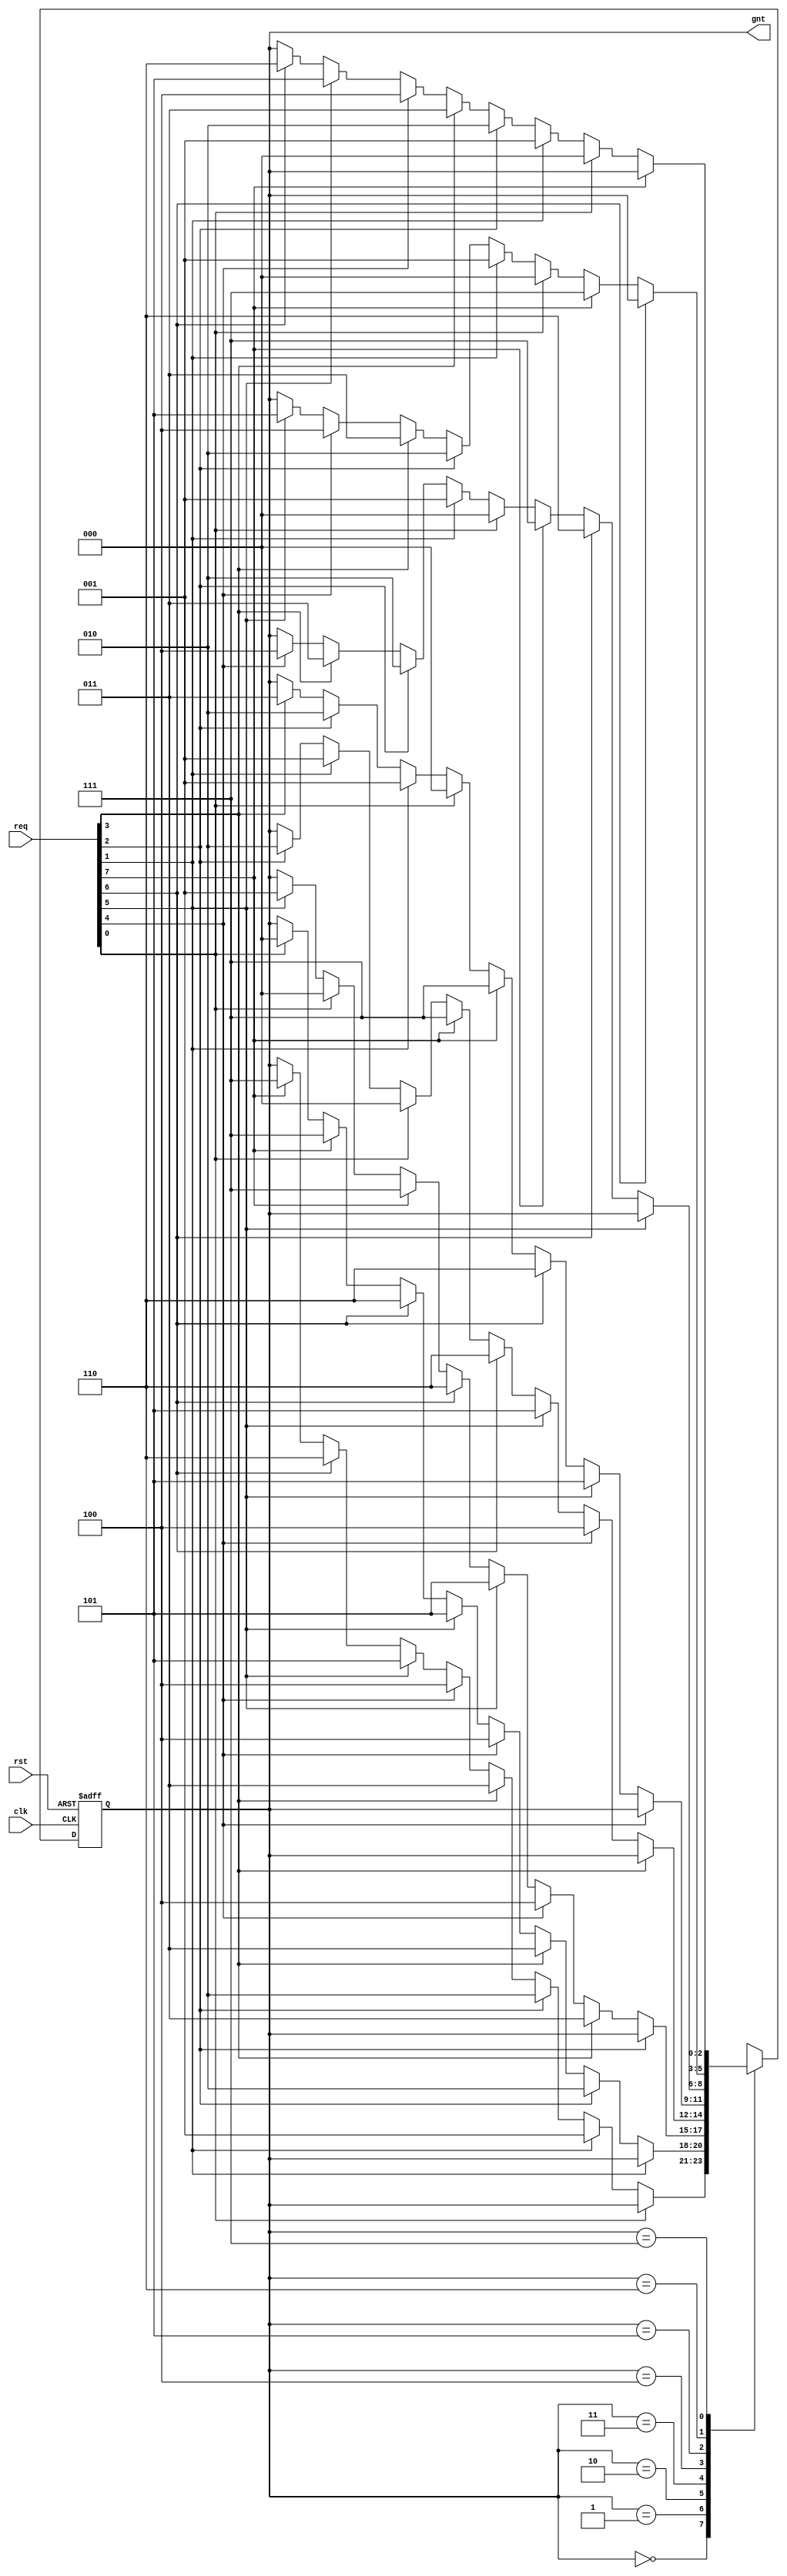
/////////////////////////////////////////////////////////////////////
////                                                             ////
////  General Round Robin Arbiter                                ////
////                                                             ////
////                                                             ////
////          rudi@asics.ws                                      ////
////                                                             ////
////                                                             ////
////  Downloaded from: http://www.opencores.org/cores/wb_conmax/ ////
////                                                             ////
/////////////////////////////////////////////////////////////////////
////                                                             ////
//// Copyright (C) 2000-2002 Rudolf Usselmann                    ////
////                         www.asics.ws                        ////
////                         rudi@asics.ws                       ////
////                                                             ////
//// This source file may be used and distributed without        ////
//// restriction provided that this copyright statement is not   ////
//// removed from the file and that any derivative work contains ////
//// the original copyright notice and the associated disclaimer.////
////                                                             ////
////     THIS SOFTWARE IS PROVIDED ``AS IS'' AND WITHOUT ANY     ////
//// EXPRESS OR IMPLIED WARRANTIES, INCLUDING, BUT NOT LIMITED   ////
//// TO, THE IMPLIED WARRANTIES OF MERCHANTABILITY AND FITNESS   ////
//// FOR A PARTICULAR PURPOSE. IN NO EVENT SHALL THE AUTHOR      ////
//// OR CONTRIBUTORS BE LIABLE FOR ANY DIRECT, INDIRECT,         ////
//// INCIDENTAL, SPECIAL, EXEMPLARY, OR CONSEQUENTIAL DAMAGES    ////
//// (INCLUDING, BUT NOT LIMITED TO, PROCUREMENT OF SUBSTITUTE   ////
//// GOODS OR SERVICES; LOSS OF USE, DATA, OR PROFITS; OR        ////
//// BUSINESS INTERRUPTION) HOWEVER CAUSED AND ON ANY THEORY OF  ////
//// LIABILITY, WHETHER IN  CONTRACT, STRICT LIABILITY, OR TORT  ////
//// (INCLUDING NEGLIGENCE OR OTHERWISE) ARISING IN ANY WAY OUT  ////
//// OF THE USE OF THIS SOFTWARE, EVEN IF ADVISED OF THE         ////
//// POSSIBILITY OF SUCH DAMAGE.                                 ////
////                                                             ////
/////////////////////////////////////////////////////////////////////


//
//	copy from wb_conmax
//
//
//
//
//                        

//`include "wb_conbus_defines.v"

module wb_conbus_arb(clk, rst, req, gnt);

input		clk;
input		rst;
input	[7:0]	req;		// Req input
output	[2:0]	gnt; 		// Grant output
//input		next;		// Next Target

///////////////////////////////////////////////////////////////////////
//
// Parameters
//


parameter	[2:0]
                grant0 = 3'h0,
                grant1 = 3'h1,
                grant2 = 3'h2,
                grant3 = 3'h3,
                grant4 = 3'h4,
                grant5 = 3'h5,
                grant6 = 3'h6,
                grant7 = 3'h7;

///////////////////////////////////////////////////////////////////////
//
// Local Registers and Wires
//

reg [2:0]	state, next_state;

///////////////////////////////////////////////////////////////////////
//
//  Misc Logic 
//

assign	gnt = state;

always@(posedge clk or posedge rst)
	if(rst)		state <= #1 grant0;
	else		state <= #1 next_state;

///////////////////////////////////////////////////////////////////////
//
// Next State Logic
//   - implements round robin arbitration algorithm
//   - switches grant if current req is dropped or next is asserted
//   - parks at last grant
//

always@(state or req )
   begin
	next_state = state;	// Default Keep State
	case(state)		// synopsys parallel_case full_case
 	   grant0:
		// if this req is dropped or next is asserted, check for other req's
		if(!req[0] )
		   begin
			if(req[1])	next_state = grant1;
			else
			if(req[2])	next_state = grant2;
			else
			if(req[3])	next_state = grant3;
			else
			if(req[4])	next_state = grant4;
			else
			if(req[5])	next_state = grant5;
			else
			if(req[6])	next_state = grant6;
			else
			if(req[7])	next_state = grant7;
		   end
 	   grant1:
		// if this req is dropped or next is asserted, check for other req's
		if(!req[1] )
		   begin
			if(req[2])	next_state = grant2;
			else
			if(req[3])	next_state = grant3;
			else
			if(req[4])	next_state = grant4;
			else
			if(req[5])	next_state = grant5;
			else
			if(req[6])	next_state = grant6;
			else
			if(req[7])	next_state = grant7;
			else
			if(req[0])	next_state = grant0;
		   end
 	   grant2:
		// if this req is dropped or next is asserted, check for other req's
		if(!req[2] )
		   begin
			if(req[3])	next_state = grant3;
			else
			if(req[4])	next_state = grant4;
			else
			if(req[5])	next_state = grant5;
			else
			if(req[6])	next_state = grant6;
			else
			if(req[7])	next_state = grant7;
			else
			if(req[0])	next_state = grant0;
			else
			if(req[1])	next_state = grant1;
		   end
 	   grant3:
		// if this req is dropped or next is asserted, check for other req's
		if(!req[3] )
		   begin
			if(req[4])	next_state = grant4;
			else
			if(req[5])	next_state = grant5;
			else
			if(req[6])	next_state = grant6;
			else
			if(req[7])	next_state = grant7;
			else
			if(req[0])	next_state = grant0;
			else
			if(req[1])	next_state = grant1;
			else
			if(req[2])	next_state = grant2;
		   end
 	   grant4:
		// if this req is dropped or next is asserted, check for other req's
		if(!req[4] )
		   begin
			if(req[5])	next_state = grant5;
			else
			if(req[6])	next_state = grant6;
			else
			if(req[7])	next_state = grant7;
			else
			if(req[0])	next_state = grant0;
			else
			if(req[1])	next_state = grant1;
			else
			if(req[2])	next_state = grant2;
			else
			if(req[3])	next_state = grant3;
		   end
 	   grant5:
		// if this req is dropped or next is asserted, check for other req's
		if(!req[5] )
		   begin
			if(req[6])	next_state = grant6;
			else
			if(req[7])	next_state = grant7;
			else
			if(req[0])	next_state = grant0;
			else
			if(req[1])	next_state = grant1;
			else
			if(req[2])	next_state = grant2;
			else
			if(req[3])	next_state = grant3;
			else
			if(req[4])	next_state = grant4;
		   end
 	   grant6:
		// if this req is dropped or next is asserted, check for other req's
		if(!req[6] )
		   begin
			if(req[7])	next_state = grant7;
			else
			if(req[0])	next_state = grant0;
			else
			if(req[1])	next_state = grant1;
			else
			if(req[2])	next_state = grant2;
			else
			if(req[3])	next_state = grant3;
			else
			if(req[4])	next_state = grant4;
			else
			if(req[5])	next_state = grant5;
		   end
 	   grant7:
		// if this req is dropped or next is asserted, check for other req's
		if(!req[7] )
		   begin
			if(req[0])	next_state = grant0;
			else
			if(req[1])	next_state = grant1;
			else
			if(req[2])	next_state = grant2;
			else
			if(req[3])	next_state = grant3;
			else
			if(req[4])	next_state = grant4;
			else
			if(req[5])	next_state = grant5;
			else
			if(req[6])	next_state = grant6;
		   end
	endcase
   end

endmodule 


/////////////////////////////////////////////////////////////////////
////                                                             ////
////  WISHBONE Connection Bus Top Level		                 ////
////                                                             ////
////                                                             ////
////          chisuhua@yahoo.com.cn                              ////
////                                                             ////
////                                                             ////
////                                                             ////
/////////////////////////////////////////////////////////////////////
////                                                              ////
//// Copyright (C) 2000 Authors and OPENCORES.ORG                 ////
////                                                              ////
//// This source file may be used and distributed without         ////
//// restriction provided that this copyright statement is not    ////
//// removed from the file and that any derivative work contains  ////
//// the original copyright notice and the associated disclaimer. ////
////                                                              ////
//// This source file is free software; you can redistribute it   ////
//// and/or modify it under the terms of the GNU Lesser General   ////
//// Public License as published by the Free Software Foundation; ////
//// either version 2.1 of the License, or (at your option) any   ////
//// later version.                                               ////
////                                                              ////
//// This source is distributed in the hope that it will be       ////
//// useful, but WITHOUT ANY WARRANTY; without even the implied   ////
//// warranty of MERCHANTABILITY or FITNESS FOR A PARTICULAR      ////
//// PURPOSE.  See the GNU Lesser General Public License for more ////
//// details.                                                     ////
////                                                              ////
//// You should have received a copy of the GNU Lesser General    ////
//// Public License along with this source; if not, download it   ////
//// from http://www.opencores.org/lgpl.shtml                     ////
////                                                              ////
//////////////////////////////////////////////////////////////////////
//
//  Description
//	1. Up to 8 masters and 8 slaves share bus Wishbone connection
//	2. no priorty arbitor , 8 masters are processed in a round
//	   robin way,
//	3. if WB_USE_TRISTATE was defined, the share bus is a tristate
//	   bus, and use less logic resource.
//	4. wb_conbus was synthesis to XC2S100-5-PQ208 using synplify,
//     Max speed >60M , and 374 SLICE if using Multiplexor bus
//		or 150 SLICE if using tri-state bus.
//
//`include "wb_conbus_defines.v"
`define			dw	 32		// Data bus Width
`define			aw	 32		// Address bus Width
`define			sw   `dw / 8	// Number of Select Lines
`define			mbusw  `aw + `sw + `dw +4 	//address width + byte select width + dat width + cyc + we + stb +cab , input from master interface
`define			sbusw	 3	//  ack + err + rty, input from slave interface
`define			mselectw  8	// number of masters
`define			sselectw  8	// number of slavers

//`define 		WB_USE_TRISTATE


module wb_conbus_top(
	clk_i, rst_i,

	// Master 0 Interface
	m0_dat_i, m0_dat_o, m0_adr_i, m0_sel_i, m0_we_i, m0_cyc_i,
	m0_stb_i, m0_ack_o, m0_err_o, m0_rty_o, m0_cab_i,

	// Master 1 Interface
	m1_dat_i, m1_dat_o, m1_adr_i, m1_sel_i, m1_we_i, m1_cyc_i,
	m1_stb_i, m1_ack_o, m1_err_o, m1_rty_o, m1_cab_i,

	// Master 2 Interface
	m2_dat_i, m2_dat_o, m2_adr_i, m2_sel_i, m2_we_i, m2_cyc_i,
	m2_stb_i, m2_ack_o, m2_err_o, m2_rty_o, m2_cab_i,

	// Master 3 Interface
	m3_dat_i, m3_dat_o, m3_adr_i, m3_sel_i, m3_we_i, m3_cyc_i,
	m3_stb_i, m3_ack_o, m3_err_o, m3_rty_o, m3_cab_i,

	// Master 4 Interface
	m4_dat_i, m4_dat_o, m4_adr_i, m4_sel_i, m4_we_i, m4_cyc_i,
	m4_stb_i, m4_ack_o, m4_err_o, m4_rty_o, m4_cab_i,

	// Master 5 Interface
	m5_dat_i, m5_dat_o, m5_adr_i, m5_sel_i, m5_we_i, m5_cyc_i,
	m5_stb_i, m5_ack_o, m5_err_o, m5_rty_o, m5_cab_i,

	// Master 6 Interface
	m6_dat_i, m6_dat_o, m6_adr_i, m6_sel_i, m6_we_i, m6_cyc_i,
	m6_stb_i, m6_ack_o, m6_err_o, m6_rty_o, m6_cab_i,

	// Master 7 Interface
	m7_dat_i, m7_dat_o, m7_adr_i, m7_sel_i, m7_we_i, m7_cyc_i,
	m7_stb_i, m7_ack_o, m7_err_o, m7_rty_o, m7_cab_i,

	// Slave 0 Interface
	s0_dat_i, s0_dat_o, s0_adr_o, s0_sel_o, s0_we_o, s0_cyc_o,
	s0_stb_o, s0_ack_i, s0_err_i, s0_rty_i, s0_cab_o,

	// Slave 1 Interface
	s1_dat_i, s1_dat_o, s1_adr_o, s1_sel_o, s1_we_o, s1_cyc_o,
	s1_stb_o, s1_ack_i, s1_err_i, s1_rty_i, s1_cab_o,

	// Slave 2 Interface
	s2_dat_i, s2_dat_o, s2_adr_o, s2_sel_o, s2_we_o, s2_cyc_o,
	s2_stb_o, s2_ack_i, s2_err_i, s2_rty_i, s2_cab_o,

	// Slave 3 Interface
	s3_dat_i, s3_dat_o, s3_adr_o, s3_sel_o, s3_we_o, s3_cyc_o,
	s3_stb_o, s3_ack_i, s3_err_i, s3_rty_i, s3_cab_o,

	// Slave 4 Interface
	s4_dat_i, s4_dat_o, s4_adr_o, s4_sel_o, s4_we_o, s4_cyc_o,
	s4_stb_o, s4_ack_i, s4_err_i, s4_rty_i, s4_cab_o,

	// Slave 5 Interface
	s5_dat_i, s5_dat_o, s5_adr_o, s5_sel_o, s5_we_o, s5_cyc_o,
	s5_stb_o, s5_ack_i, s5_err_i, s5_rty_i, s5_cab_o,

	// Slave 6 Interface
	s6_dat_i, s6_dat_o, s6_adr_o, s6_sel_o, s6_we_o, s6_cyc_o,
	s6_stb_o, s6_ack_i, s6_err_i, s6_rty_i, s6_cab_o,

	// Slave 7 Interface
	s7_dat_i, s7_dat_o, s7_adr_o, s7_sel_o, s7_we_o, s7_cyc_o,
	s7_stb_o, s7_ack_i, s7_err_i, s7_rty_i, s7_cab_o

	);

////////////////////////////////////////////////////////////////////
//
// Module Parameters
//


parameter		s0_addr_w = 4 ;			// slave 0 address decode width
parameter		s0_addr = 4'h0;			// slave 0 address
parameter		s1_addr_w = 4 ;			// slave 1 address decode width
parameter		s1_addr = 4'h1;			// slave 1 address 
parameter		s27_addr_w = 8 ;		// slave 2 to slave 7 address decode width
parameter		s2_addr = 8'h92;		// slave 2 address
parameter		s3_addr = 8'h93;		// slave 3 address
parameter		s4_addr = 8'h94;		// slave 4 address
parameter		s5_addr = 8'h95;		// slave 5 address
parameter		s6_addr = 8'h96;		// slave 6 address
parameter		s7_addr = 8'h97;		// slave 7 address


////////////////////////////////////////////////////////////////////
//
// Module IOs
//

input		clk_i, rst_i;

// Master 0 Interface
input	[`dw-1:0]	m0_dat_i;
output	[`dw-1:0]	m0_dat_o;
input	[`aw-1:0]	m0_adr_i;
input	[`sw-1:0]	m0_sel_i;
input			m0_we_i;
input			m0_cyc_i;
input			m0_stb_i;
input			m0_cab_i;
output			m0_ack_o;
output			m0_err_o;
output			m0_rty_o;

// Master 1 Interface
input	[`dw-1:0]	m1_dat_i;
output	[`dw-1:0]	m1_dat_o;
input	[`aw-1:0]	m1_adr_i;
input	[`sw-1:0]	m1_sel_i;
input			m1_we_i;
input			m1_cyc_i;
input			m1_stb_i;
input			m1_cab_i;
output			m1_ack_o;
output			m1_err_o;
output			m1_rty_o;

// Master 2 Interface
input	[`dw-1:0]	m2_dat_i;
output	[`dw-1:0]	m2_dat_o;
input	[`aw-1:0]	m2_adr_i;
input	[`sw-1:0]	m2_sel_i;
input			m2_we_i;
input			m2_cyc_i;
input			m2_stb_i;
input			m2_cab_i;
output			m2_ack_o;
output			m2_err_o;
output			m2_rty_o;

// Master 3 Interface
input	[`dw-1:0]	m3_dat_i;
output	[`dw-1:0]	m3_dat_o;
input	[`aw-1:0]	m3_adr_i;
input	[`sw-1:0]	m3_sel_i;
input			m3_we_i;
input			m3_cyc_i;
input			m3_stb_i;
input			m3_cab_i;
output			m3_ack_o;
output			m3_err_o;
output			m3_rty_o;

// Master 4 Interface
input	[`dw-1:0]	m4_dat_i;
output	[`dw-1:0]	m4_dat_o;
input	[`aw-1:0]	m4_adr_i;
input	[`sw-1:0]	m4_sel_i;
input			m4_we_i;
input			m4_cyc_i;
input			m4_stb_i;
input			m4_cab_i;
output			m4_ack_o;
output			m4_err_o;
output			m4_rty_o;

// Master 5 Interface
input	[`dw-1:0]	m5_dat_i;
output	[`dw-1:0]	m5_dat_o;
input	[`aw-1:0]	m5_adr_i;
input	[`sw-1:0]	m5_sel_i;
input			m5_we_i;
input			m5_cyc_i;
input			m5_stb_i;
input			m5_cab_i;
output			m5_ack_o;
output			m5_err_o;
output			m5_rty_o;

// Master 6 Interface
input	[`dw-1:0]	m6_dat_i;
output	[`dw-1:0]	m6_dat_o;
input	[`aw-1:0]	m6_adr_i;
input	[`sw-1:0]	m6_sel_i;
input			m6_we_i;
input			m6_cyc_i;
input			m6_stb_i;
input			m6_cab_i;
output			m6_ack_o;
output			m6_err_o;
output			m6_rty_o;

// Master 7 Interface
input	[`dw-1:0]	m7_dat_i;
output	[`dw-1:0]	m7_dat_o;
input	[`aw-1:0]	m7_adr_i;
input	[`sw-1:0]	m7_sel_i;
input			m7_we_i;
input			m7_cyc_i;
input			m7_stb_i;
input			m7_cab_i;
output			m7_ack_o;
output			m7_err_o;
output			m7_rty_o;

// Slave 0 Interface
input	[`dw-1:0]	s0_dat_i;
output	[`dw-1:0]	s0_dat_o;
output	[`aw-1:0]	s0_adr_o;
output	[`sw-1:0]	s0_sel_o;
output			s0_we_o;
output			s0_cyc_o;
output			s0_stb_o;
output			s0_cab_o;
input			s0_ack_i;
input			s0_err_i;
input			s0_rty_i;

// Slave 1 Interface
input	[`dw-1:0]	s1_dat_i;
output	[`dw-1:0]	s1_dat_o;
output	[`aw-1:0]	s1_adr_o;
output	[`sw-1:0]	s1_sel_o;
output			s1_we_o;
output			s1_cyc_o;
output			s1_stb_o;
output			s1_cab_o;
input			s1_ack_i;
input			s1_err_i;
input			s1_rty_i;

// Slave 2 Interface
input	[`dw-1:0]	s2_dat_i;
output	[`dw-1:0]	s2_dat_o;
output	[`aw-1:0]	s2_adr_o;
output	[`sw-1:0]	s2_sel_o;
output			s2_we_o;
output			s2_cyc_o;
output			s2_stb_o;
output			s2_cab_o;
input			s2_ack_i;
input			s2_err_i;
input			s2_rty_i;

// Slave 3 Interface
input	[`dw-1:0]	s3_dat_i;
output	[`dw-1:0]	s3_dat_o;
output	[`aw-1:0]	s3_adr_o;
output	[`sw-1:0]	s3_sel_o;
output			s3_we_o;
output			s3_cyc_o;
output			s3_stb_o;
output			s3_cab_o;
input			s3_ack_i;
input			s3_err_i;
input			s3_rty_i;

// Slave 4 Interface
input	[`dw-1:0]	s4_dat_i;
output	[`dw-1:0]	s4_dat_o;
output	[`aw-1:0]	s4_adr_o;
output	[`sw-1:0]	s4_sel_o;
output			s4_we_o;
output			s4_cyc_o;
output			s4_stb_o;
output			s4_cab_o;
input			s4_ack_i;
input			s4_err_i;
input			s4_rty_i;

// Slave 5 Interface
input	[`dw-1:0]	s5_dat_i;
output	[`dw-1:0]	s5_dat_o;
output	[`aw-1:0]	s5_adr_o;
output	[`sw-1:0]	s5_sel_o;
output			s5_we_o;
output			s5_cyc_o;
output			s5_stb_o;
output			s5_cab_o;
input			s5_ack_i;
input			s5_err_i;
input			s5_rty_i;

// Slave 6 Interface
input	[`dw-1:0]	s6_dat_i;
output	[`dw-1:0]	s6_dat_o;
output	[`aw-1:0]	s6_adr_o;
output	[`sw-1:0]	s6_sel_o;
output			s6_we_o;
output			s6_cyc_o;
output			s6_stb_o;
output			s6_cab_o;
input			s6_ack_i;
input			s6_err_i;
input			s6_rty_i;

// Slave 7 Interface
input	[`dw-1:0]	s7_dat_i;
output	[`dw-1:0]	s7_dat_o;
output	[`aw-1:0]	s7_adr_o;
output	[`sw-1:0]	s7_sel_o;
output			s7_we_o;
output			s7_cyc_o;
output			s7_stb_o;
output			s7_cab_o;
input			s7_ack_i;
input			s7_err_i;
input			s7_rty_i;


////////////////////////////////////////////////////////////////////
//
// Local wires
//

wire	[`mselectw -1:0]	i_gnt_arb;
wire	[2:0]	gnt;
reg	[`sselectw -1:0]	i_ssel_dec;
`ifdef	WB_USE_TRISTATE
wire	[`mbusw -1:0]	i_bus_m;
`else
reg		[`mbusw -1:0]	i_bus_m;		// internal share bus, master data and control to slave
`endif
wire		[`dw -1:0]		i_dat_s;	// internal share bus , slave data to master
wire	[`sbusw -1:0]	i_bus_s;			// internal share bus , slave control to master



////////////////////////////////////////////////////////////////////
//
// Master output Interfaces
//

// master0
assign	m0_dat_o = i_dat_s;
assign  {m0_ack_o, m0_err_o, m0_rty_o} = i_bus_s & {3{i_gnt_arb[0]}};

// master1
assign	m1_dat_o = i_dat_s;
assign  {m1_ack_o, m1_err_o, m1_rty_o} = i_bus_s & {3{i_gnt_arb[1]}};

// master2

assign	m2_dat_o = i_dat_s;
assign  {m2_ack_o, m2_err_o, m2_rty_o} = i_bus_s & {3{i_gnt_arb[2]}};

// master3

assign	m3_dat_o = i_dat_s;
assign  {m3_ack_o, m3_err_o, m3_rty_o} = i_bus_s & {3{i_gnt_arb[3]}};

// master4

assign	m4_dat_o = i_dat_s;
assign  {m4_ack_o, m4_err_o, m4_rty_o} = i_bus_s & {3{i_gnt_arb[4]}};

// master5

assign	m5_dat_o = i_dat_s;
assign  {m5_ack_o, m5_err_o, m5_rty_o} = i_bus_s & {3{i_gnt_arb[5]}};

// master6

assign	m6_dat_o = i_dat_s;
assign  {m6_ack_o, m6_err_o, m6_rty_o} = i_bus_s & {3{i_gnt_arb[6]}};

// master7

assign	m7_dat_o = i_dat_s;
assign  {m7_ack_o, m7_err_o, m7_rty_o} = i_bus_s & {3{i_gnt_arb[7]}};


assign  i_bus_s = {s0_ack_i | s1_ack_i | s2_ack_i | s3_ack_i | s4_ack_i | s5_ack_i | s6_ack_i | s7_ack_i ,
				   s0_err_i | s1_err_i | s2_err_i | s3_err_i | s4_err_i | s5_err_i | s6_err_i | s7_err_i ,
				   s0_rty_i | s1_rty_i | s2_rty_i | s3_rty_i | s4_rty_i | s5_rty_i | s6_rty_i | s7_rty_i };

////////////////////////////////
//	Slave output interface
//
// slave0
assign  {s0_adr_o, s0_sel_o, s0_dat_o, s0_we_o, s0_cab_o,s0_cyc_o} = i_bus_m[`mbusw -1:1];
assign	s0_stb_o = i_bus_m[1] & i_bus_m[0] & i_ssel_dec[0];  // stb_o = cyc_i & stb_i & i_ssel_dec

// slave1

assign  {s1_adr_o, s1_sel_o, s1_dat_o, s1_we_o, s1_cab_o, s1_cyc_o} = i_bus_m[`mbusw -1:1];
assign	s1_stb_o = i_bus_m[1] & i_bus_m[0] & i_ssel_dec[1];

// slave2

assign  {s2_adr_o, s2_sel_o, s2_dat_o, s2_we_o, s2_cab_o, s2_cyc_o} = i_bus_m[`mbusw -1:1];
assign	s2_stb_o = i_bus_m[1] & i_bus_m[0] & i_ssel_dec[2];

// slave3

assign  {s3_adr_o, s3_sel_o, s3_dat_o, s3_we_o, s3_cab_o, s3_cyc_o} = i_bus_m[`mbusw -1:1];
assign	s3_stb_o = i_bus_m[1] & i_bus_m[0] & i_ssel_dec[3];

// slave4

assign  {s4_adr_o, s4_sel_o, s4_dat_o, s4_we_o, s4_cab_o, s4_cyc_o} = i_bus_m[`mbusw -1:1];
assign	s4_stb_o = i_bus_m[1] & i_bus_m[0] & i_ssel_dec[4];

// slave5

assign  {s5_adr_o, s5_sel_o, s5_dat_o, s5_we_o, s5_cab_o, s5_cyc_o} = i_bus_m[`mbusw -1:1];
assign	s5_stb_o = i_bus_m[1] & i_bus_m[0] & i_ssel_dec[5];

// slave6

assign  {s6_adr_o, s6_sel_o, s6_dat_o, s6_we_o, s6_cab_o, s6_cyc_o} = i_bus_m[`mbusw -1:1];
assign	s6_stb_o = i_bus_m[1] & i_bus_m[0] & i_ssel_dec[6];

// slave7

assign  {s7_adr_o, s7_sel_o, s7_dat_o, s7_we_o, s7_cab_o, s7_cyc_o} = i_bus_m[`mbusw -1:1];
assign	s7_stb_o = i_bus_m[1] & i_bus_m[0] & i_ssel_dec[7];

///////////////////////////////////////
//	Master and Slave input interface
//

`ifdef	WB_USE_TRISTATE
// input from master interface
assign	i_bus_m = i_gnt_arb[0] ? {m0_adr_i, m0_sel_i, m0_dat_i, m0_we_i, m0_cab_i, m0_cyc_i, m0_stb_i} : 72'bz ;
assign	i_bus_m = i_gnt_arb[1] ? {m1_adr_i, m1_sel_i, m1_dat_i, m1_we_i, m1_cab_i,m1_cyc_i, m1_stb_i} : 72'bz ;
assign	i_bus_m = i_gnt_arb[2] ? {m2_adr_i, m2_sel_i, m2_dat_i,  m2_we_i, m2_cab_i, m2_cyc_i, m2_stb_i} : 72'bz ;
assign	i_bus_m = i_gnt_arb[3] ? {m3_adr_i, m3_sel_i, m3_dat_i,  m3_we_i, m3_cab_i, m3_cyc_i, m3_stb_i} : 72'bz ;
assign	i_bus_m = i_gnt_arb[4] ? {m4_adr_i, m4_sel_i, m4_dat_i,  m4_we_i, m4_cab_i, m4_cyc_i, m4_stb_i} : 72'bz ;
assign	i_bus_m = i_gnt_arb[5] ? {m5_adr_i, m5_sel_i, m5_dat_i, m5_we_i, m5_cab_i, m5_cyc_i,  m5_stb_i} : 72'bz ;
assign	i_bus_m = i_gnt_arb[6] ? {m6_adr_i, m6_sel_i, m6_dat_i, m6_we_i, m6_cab_i, m6_cyc_i, m6_stb_i} : 72'bz ;
assign	i_bus_m = i_gnt_arb[7] ? {m7_adr_i, m7_sel_i, m7_dat_i, m7_we_i, m7_cab_i, m7_cyc_i,m7_stb_i} : 72'bz ;
// input from slave interface
assign  i_dat_s = i_ssel_dec[0] ? s0_dat_i: 32'bz;
assign  i_dat_s = i_ssel_dec[1] ? s1_dat_i: 32'bz;
assign  i_dat_s = i_ssel_dec[2] ? s2_dat_i: 32'bz;
assign  i_dat_s = i_ssel_dec[3] ? s3_dat_i: 32'bz;
assign  i_dat_s = i_ssel_dec[4] ? s4_dat_i: 32'bz;
assign  i_dat_s = i_ssel_dec[5] ? s5_dat_i: 32'bz;
assign  i_dat_s = i_ssel_dec[6] ? s6_dat_i: 32'bz;
assign  i_dat_s = i_ssel_dec[7] ? s7_dat_i: 32'bz;

`else

always @(gnt , m0_adr_i, m0_sel_i, m0_dat_i, m0_we_i, m0_cab_i, m0_cyc_i,m0_stb_i,
		m1_adr_i, m1_sel_i, m1_dat_i, m1_we_i, m1_cab_i, m1_cyc_i,m1_stb_i,
		m2_adr_i, m2_sel_i, m2_dat_i, m2_we_i, m2_cab_i, m2_cyc_i,m2_stb_i,
		m3_adr_i, m3_sel_i, m3_dat_i, m3_we_i, m3_cab_i, m3_cyc_i,m3_stb_i,
		m4_adr_i, m4_sel_i, m4_dat_i, m4_we_i, m4_cab_i, m4_cyc_i,m4_stb_i,
		m5_adr_i, m5_sel_i, m5_dat_i, m5_we_i, m5_cab_i, m5_cyc_i,m5_stb_i,
		m6_adr_i, m6_sel_i, m6_dat_i, m6_we_i, m6_cab_i, m6_cyc_i,m6_stb_i,
		m7_adr_i, m7_sel_i, m7_dat_i, m7_we_i, m7_cab_i, m7_cyc_i,m7_stb_i)
		case(gnt)
			3'h0:	i_bus_m = {m0_adr_i, m0_sel_i, m0_dat_i, m0_we_i, m0_cab_i, m0_cyc_i,m0_stb_i};
			3'h1:	i_bus_m = {m1_adr_i, m1_sel_i, m1_dat_i, m1_we_i, m1_cab_i, m1_cyc_i,m1_stb_i};
			3'h2:	i_bus_m = {m2_adr_i, m2_sel_i, m2_dat_i, m2_we_i, m2_cab_i, m2_cyc_i,m2_stb_i};
			3'h3:	i_bus_m = {m3_adr_i, m3_sel_i, m3_dat_i, m3_we_i, m3_cab_i, m3_cyc_i,m3_stb_i};
			3'h4:	i_bus_m = {m4_adr_i, m4_sel_i, m4_dat_i, m4_we_i, m4_cab_i, m4_cyc_i,m4_stb_i};
			3'h5:	i_bus_m = {m5_adr_i, m5_sel_i, m5_dat_i, m5_we_i, m5_cab_i, m5_cyc_i,m5_stb_i};
			3'h6:	i_bus_m = {m6_adr_i, m6_sel_i, m6_dat_i, m6_we_i, m6_cab_i, m6_cyc_i,m6_stb_i};
			3'h7:	i_bus_m = {m7_adr_i, m7_sel_i, m7_dat_i, m7_we_i, m7_cab_i, m7_cyc_i,m7_stb_i};
			default:i_bus_m =  72'b0;//{m0_adr_i, m0_sel_i, m0_dat_i, m0_we_i, m0_cab_i, m0_cyc_i,m0_stb_i};
endcase			

assign	i_dat_s = i_ssel_dec[0] ? s0_dat_i :
				  i_ssel_dec[1] ? s1_dat_i :
				  i_ssel_dec[2] ? s2_dat_i :
				  i_ssel_dec[3] ? s3_dat_i :
				  i_ssel_dec[4] ? s4_dat_i :
				  i_ssel_dec[5] ? s5_dat_i :
				  i_ssel_dec[6] ? s6_dat_i :
				  i_ssel_dec[7] ? s7_dat_i : {`dw{1'b0}}; 
`endif
//
// arbitor 
//
assign i_gnt_arb[0] = (gnt == 3'd0);
assign i_gnt_arb[1] = (gnt == 3'd1);
assign i_gnt_arb[2] = (gnt == 3'd2);
assign i_gnt_arb[3] = (gnt == 3'd3);
assign i_gnt_arb[4] = (gnt == 3'd4);
assign i_gnt_arb[5] = (gnt == 3'd5);
assign i_gnt_arb[6] = (gnt == 3'd6);
assign i_gnt_arb[7] = (gnt == 3'd7);

wb_conbus_arb	wb_conbus_arb(
	.clk(clk_i), 
	.rst(rst_i),
	.req({	m7_cyc_i,
		m6_cyc_i,
		m5_cyc_i,
		m4_cyc_i,
		m3_cyc_i,
		m2_cyc_i,
		m1_cyc_i,
		m0_cyc_i}),
	.gnt(gnt)
);

//////////////////////////////////
// 		address decode logic
//
wire [7:0]	m0_ssel_dec, m1_ssel_dec, m2_ssel_dec, m3_ssel_dec, m4_ssel_dec, m5_ssel_dec, m6_ssel_dec, m7_ssel_dec;
always @(gnt, m0_ssel_dec, m1_ssel_dec, m2_ssel_dec, m3_ssel_dec, m4_ssel_dec, m5_ssel_dec, m6_ssel_dec, m7_ssel_dec)
	case(gnt)
		3'h0: i_ssel_dec = m0_ssel_dec;
		3'h1: i_ssel_dec = m1_ssel_dec;
		3'h2: i_ssel_dec = m2_ssel_dec;
		3'h3: i_ssel_dec = m3_ssel_dec;
		3'h4: i_ssel_dec = m4_ssel_dec;
		3'h5: i_ssel_dec = m5_ssel_dec;
		3'h6: i_ssel_dec = m6_ssel_dec;
		3'h7: i_ssel_dec = m7_ssel_dec;
		default: i_ssel_dec = 7'b0;
endcase
//
//	decode all master address before arbitor for running faster
//	
assign m0_ssel_dec[0] = (m0_adr_i[`aw -1 : `aw - s0_addr_w ] == s0_addr);
assign m0_ssel_dec[1] = (m0_adr_i[`aw -1 : `aw - s1_addr_w ] == s1_addr);
assign m0_ssel_dec[2] = (m0_adr_i[`aw -1 : `aw - s27_addr_w ] == s2_addr);
assign m0_ssel_dec[3] = (m0_adr_i[`aw -1 : `aw - s27_addr_w ] == s3_addr);
assign m0_ssel_dec[4] = (m0_adr_i[`aw -1 : `aw - s27_addr_w ] == s4_addr);
assign m0_ssel_dec[5] = (m0_adr_i[`aw -1 : `aw - s27_addr_w ] == s5_addr);
assign m0_ssel_dec[6] = (m0_adr_i[`aw -1 : `aw - s27_addr_w ] == s6_addr);
assign m0_ssel_dec[7] = (m0_adr_i[`aw -1 : `aw - s27_addr_w ] == s7_addr);

assign m1_ssel_dec[0] = (m1_adr_i[`aw -1 : `aw - s0_addr_w ] == s0_addr);
assign m1_ssel_dec[1] = (m1_adr_i[`aw -1 : `aw - s1_addr_w ] == s1_addr);
assign m1_ssel_dec[2] = (m1_adr_i[`aw -1 : `aw - s27_addr_w ] == s2_addr);
assign m1_ssel_dec[3] = (m1_adr_i[`aw -1 : `aw - s27_addr_w ] == s3_addr);
assign m1_ssel_dec[4] = (m1_adr_i[`aw -1 : `aw - s27_addr_w ] == s4_addr);
assign m1_ssel_dec[5] = (m1_adr_i[`aw -1 : `aw - s27_addr_w ] == s5_addr);
assign m1_ssel_dec[6] = (m1_adr_i[`aw -1 : `aw - s27_addr_w ] == s6_addr);
assign m1_ssel_dec[7] = (m1_adr_i[`aw -1 : `aw - s27_addr_w ] == s7_addr);

assign m2_ssel_dec[0] = (m2_adr_i[`aw -1 : `aw - s0_addr_w ] == s0_addr);
assign m2_ssel_dec[1] = (m2_adr_i[`aw -1 : `aw - s1_addr_w ] == s1_addr);
assign m2_ssel_dec[2] = (m2_adr_i[`aw -1 : `aw - s27_addr_w ] == s2_addr);
assign m2_ssel_dec[3] = (m2_adr_i[`aw -1 : `aw - s27_addr_w ] == s3_addr);
assign m2_ssel_dec[4] = (m2_adr_i[`aw -1 : `aw - s27_addr_w ] == s4_addr);
assign m2_ssel_dec[5] = (m2_adr_i[`aw -1 : `aw - s27_addr_w ] == s5_addr);
assign m2_ssel_dec[6] = (m2_adr_i[`aw -1 : `aw - s27_addr_w ] == s6_addr);
assign m2_ssel_dec[7] = (m2_adr_i[`aw -1 : `aw - s27_addr_w ] == s7_addr);

assign m3_ssel_dec[0] = (m3_adr_i[`aw -1 : `aw - s0_addr_w ] == s0_addr);
assign m3_ssel_dec[1] = (m3_adr_i[`aw -1 : `aw - s1_addr_w ] == s1_addr);
assign m3_ssel_dec[2] = (m3_adr_i[`aw -1 : `aw - s27_addr_w ] == s2_addr);
assign m3_ssel_dec[3] = (m3_adr_i[`aw -1 : `aw - s27_addr_w ] == s3_addr);
assign m3_ssel_dec[4] = (m3_adr_i[`aw -1 : `aw - s27_addr_w ] == s4_addr);
assign m3_ssel_dec[5] = (m3_adr_i[`aw -1 : `aw - s27_addr_w ] == s5_addr);
assign m3_ssel_dec[6] = (m3_adr_i[`aw -1 : `aw - s27_addr_w ] == s6_addr);
assign m3_ssel_dec[7] = (m3_adr_i[`aw -1 : `aw - s27_addr_w ] == s7_addr);

assign m4_ssel_dec[0] = (m4_adr_i[`aw -1 : `aw - s0_addr_w ] == s0_addr);
assign m4_ssel_dec[1] = (m4_adr_i[`aw -1 : `aw - s1_addr_w ] == s1_addr);
assign m4_ssel_dec[2] = (m4_adr_i[`aw -1 : `aw - s27_addr_w ] == s2_addr);
assign m4_ssel_dec[3] = (m4_adr_i[`aw -1 : `aw - s27_addr_w ] == s3_addr);
assign m4_ssel_dec[4] = (m4_adr_i[`aw -1 : `aw - s27_addr_w ] == s4_addr);
assign m4_ssel_dec[5] = (m4_adr_i[`aw -1 : `aw - s27_addr_w ] == s5_addr);
assign m4_ssel_dec[6] = (m4_adr_i[`aw -1 : `aw - s27_addr_w ] == s6_addr);
assign m4_ssel_dec[7] = (m4_adr_i[`aw -1 : `aw - s27_addr_w ] == s7_addr);

assign m5_ssel_dec[0] = (m5_adr_i[`aw -1 : `aw - s0_addr_w ] == s0_addr);
assign m5_ssel_dec[1] = (m5_adr_i[`aw -1 : `aw - s1_addr_w ] == s1_addr);
assign m5_ssel_dec[2] = (m5_adr_i[`aw -1 : `aw - s27_addr_w ] == s2_addr);
assign m5_ssel_dec[3] = (m5_adr_i[`aw -1 : `aw - s27_addr_w ] == s3_addr);
assign m5_ssel_dec[4] = (m5_adr_i[`aw -1 : `aw - s27_addr_w ] == s4_addr);
assign m5_ssel_dec[5] = (m5_adr_i[`aw -1 : `aw - s27_addr_w ] == s5_addr);
assign m5_ssel_dec[6] = (m5_adr_i[`aw -1 : `aw - s27_addr_w ] == s6_addr);
assign m5_ssel_dec[7] = (m5_adr_i[`aw -1 : `aw - s27_addr_w ] == s7_addr);

assign m6_ssel_dec[0] = (m6_adr_i[`aw -1 : `aw - s0_addr_w ] == s0_addr);
assign m6_ssel_dec[1] = (m6_adr_i[`aw -1 : `aw - s1_addr_w ] == s1_addr);
assign m6_ssel_dec[2] = (m6_adr_i[`aw -1 : `aw - s27_addr_w ] == s2_addr);
assign m6_ssel_dec[3] = (m6_adr_i[`aw -1 : `aw - s27_addr_w ] == s3_addr);
assign m6_ssel_dec[4] = (m6_adr_i[`aw -1 : `aw - s27_addr_w ] == s4_addr);
assign m6_ssel_dec[5] = (m6_adr_i[`aw -1 : `aw - s27_addr_w ] == s5_addr);
assign m6_ssel_dec[6] = (m6_adr_i[`aw -1 : `aw - s27_addr_w ] == s6_addr);
assign m6_ssel_dec[7] = (m6_adr_i[`aw -1 : `aw - s27_addr_w ] == s7_addr);

assign m7_ssel_dec[0] = (m7_adr_i[`aw -1 : `aw - s0_addr_w ] == s0_addr);
assign m7_ssel_dec[1] = (m7_adr_i[`aw -1 : `aw - s1_addr_w ] == s1_addr);
assign m7_ssel_dec[2] = (m7_adr_i[`aw -1 : `aw - s27_addr_w ] == s2_addr);
assign m7_ssel_dec[3] = (m7_adr_i[`aw -1 : `aw - s27_addr_w ] == s3_addr);
assign m7_ssel_dec[4] = (m7_adr_i[`aw -1 : `aw - s27_addr_w ] == s4_addr);
assign m7_ssel_dec[5] = (m7_adr_i[`aw -1 : `aw - s27_addr_w ] == s5_addr);
assign m7_ssel_dec[6] = (m7_adr_i[`aw -1 : `aw - s27_addr_w ] == s6_addr);
assign m7_ssel_dec[7] = (m7_adr_i[`aw -1 : `aw - s27_addr_w ] == s7_addr);

//assign i_ssel_dec[0] = (i_bus_m[`mbusw -1 : `mbusw - s0_addr_w ] == s0_addr);
//assign i_ssel_dec[1] = (i_bus_m[`mbusw -1 : `mbusw - s1_addr_w ] == s1_addr);
//assign i_ssel_dec[2] = (i_bus_m[`mbusw -1 : `mbusw - s27_addr_w ] == s2_addr);
//assign i_ssel_dec[3] = (i_bus_m[`mbusw -1 : `mbusw - s27_addr_w ] == s3_addr);
//assign i_ssel_dec[4] = (i_bus_m[`mbusw -1 : `mbusw - s27_addr_w ] == s4_addr);
//assign i_ssel_dec[5] = (i_bus_m[`mbusw -1 : `mbusw - s27_addr_w ] == s5_addr);
//assign i_ssel_dec[6] = (i_bus_m[`mbusw -1 : `mbusw - s27_addr_w ] == s6_addr);
//assign i_ssel_dec[7] = (i_bus_m[`mbusw -1 : `mbusw - s27_addr_w ] == s7_addr);


endmodule